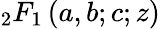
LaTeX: _2F_{1}\left(a,b;c;z\right)